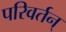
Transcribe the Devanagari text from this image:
परिवर्तन्